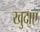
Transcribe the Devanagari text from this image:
खुदाए